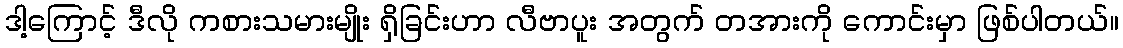
ဒါ့ကြောင့် ဒီလို ကစားသမားမျိုး ရှိခြင်းဟာ လီဗာပူး အတွက် တအားကို ကောင်းမှာ ဖြစ်ပါတယ်။